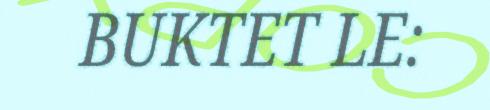
BUKTET LE: